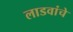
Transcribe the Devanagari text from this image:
लाडवांचे